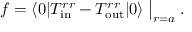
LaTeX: f = \langle 0 | T _ { \mathrm { i n } } ^ { r r } - T _ { \mathrm { o u t } } ^ { r r } | 0 \rangle \bigm | _ { r = a } .